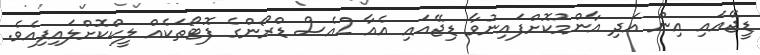
ޑީޖޭއައި އިން އަދި އާންމުކޮށްފައިނުވާ ޑިޖޭއައި އެއާ 2އެސް ޑްރޯންގެ ފޮޓޯތަކެއް ލީކްކޮށްލައިފިއެވެ.